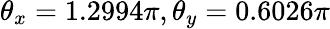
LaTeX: \theta_{x}=1.2994\pi,\theta_{y}=0.6026\pi